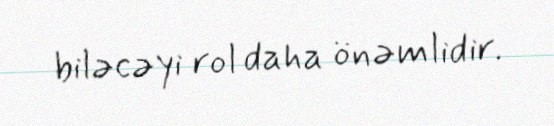
biləcəyi rol daha önəmlidir.